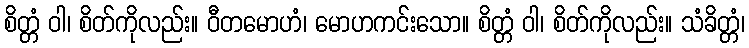
စိတ္တံ ဝါ၊ စိတ်ကိုလည်း။ ဝီတမောဟံ၊ မောဟကင်းသော။ စိတ္တံ ဝါ၊ စိတ်ကိုလည်း။ သံခိတ္တံ၊